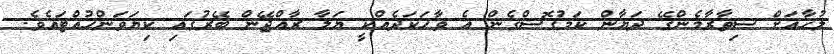
ލުހާއަށް ސިތާރާމެންގޭ ދަޔާން ކަމުގޮސްގެން އެ ވާހަކަދެއްކީ ޔަލާ ރާއްޖޭން ބޭރުގައި ކިޔަވަންހުއްޓައެވެ.